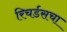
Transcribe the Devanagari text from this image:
रिचर्डसचा